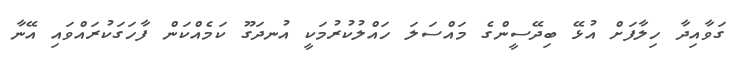
ގަވާއިދާ ހިލާފަށް އުޅޭ ބިދޭސީންގެ މައްސަލަ ހައްލުކުރުމަކީ އުނދަގޫ ކަމެއްކަން ފާހަގަކުރައްވައި އޭނާ